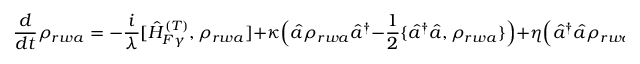
\frac { d } { d t } \rho _ { r w a } = - \frac { i } { \lambda } [ \hat { H } _ { F \gamma } ^ { ( T ) } , \rho _ { r w a } ] + \kappa \Big ( \hat { a } \rho _ { r w a } \hat { a } ^ { \dagger } - \frac { 1 } { 2 } \{ \hat { a } ^ { \dagger } \hat { a } , \rho _ { r w a } \} \Big ) + \eta \Big ( \hat { a } ^ { \dagger } \hat { a } \rho _ { r w a } \hat { a } ^ { \dagger } \hat { a } - \frac { 1 } { 2 } \{ ( \hat { a } ^ { \dagger } \hat { a } ) ^ { 2 } , \rho _ { r w a } \} \Big ) .